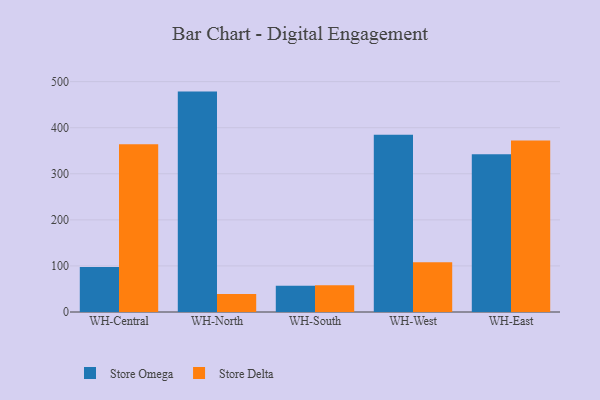
{"axis": {"x": "Warehouse", "y": "Gross Profit (USD K)"}, "legend": ["Store Delta", "Store Omega"], "data": [{"x": "WH-Central", "y": 97.7, "type": "Store Omega"}, {"x": "WH-Central", "y": 364.0, "type": "Store Delta"}, {"x": "WH-North", "y": 478.4, "type": "Store Omega"}, {"x": "WH-North", "y": 38.8, "type": "Store Delta"}, {"x": "WH-South", "y": 56.8, "type": "Store Omega"}, {"x": "WH-South", "y": 58.1, "type": "Store Delta"}, {"x": "WH-West", "y": 384.9, "type": "Store Omega"}, {"x": "WH-West", "y": 107.8, "type": "Store Delta"}, {"x": "WH-East", "y": 342.4, "type": "Store Omega"}, {"x": "WH-East", "y": 372.3, "type": "Store Delta"}]}